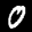
Label: 0